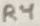
Text: R4